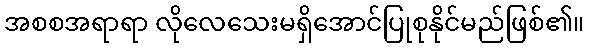
အစစအရာရာ လိုလေသေးမရှိအောင်ပြုစုနိုင်မည်ဖြစ်၏။